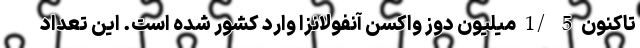
تاکنون 5 /1 میلیون دوز واکسن آنفولانزا وارد کشور شده است. این تعداد